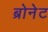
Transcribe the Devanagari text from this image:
ब्रोनेट